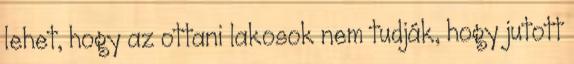
lehet, hogy az ottani lakosok nem tudják, hogy jutott